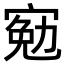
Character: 𡩄